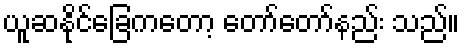
ယူဆနိုင်ခြေကတော့ တော်တော်နည်း သည်။